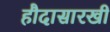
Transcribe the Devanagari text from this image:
हौदासारखी